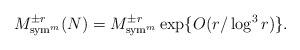
LaTeX: \begin{align*}M^{\pm r}_{{\rm sym}^m}(N)=M^{\pm r}_{{\rm sym}^m}\exp\{O(r/\log^3 r)\}.\end{align*}